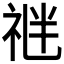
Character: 𥙪